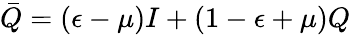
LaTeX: {\bar{Q}}=(\epsilon-\mu)I+(1-\epsilon+\mu)Q